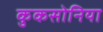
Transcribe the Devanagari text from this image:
कुकसोनिया